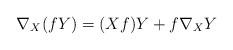
LaTeX: \begin{align*}\nabla_X(fY)=(Xf)Y+f\nabla_XY\end{align*}